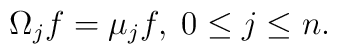
\Omega_{j}f=\mu_{j}f,\;0\leq j\leq n.